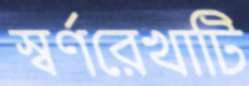
স্বর্ণরেখাটি